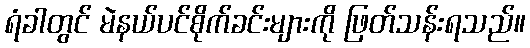
ရံခါတွင် မဲနယ်ပင်စိုက်ခင်းများကို ဖြတ်သန်းရသည်။